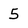
Character: 5